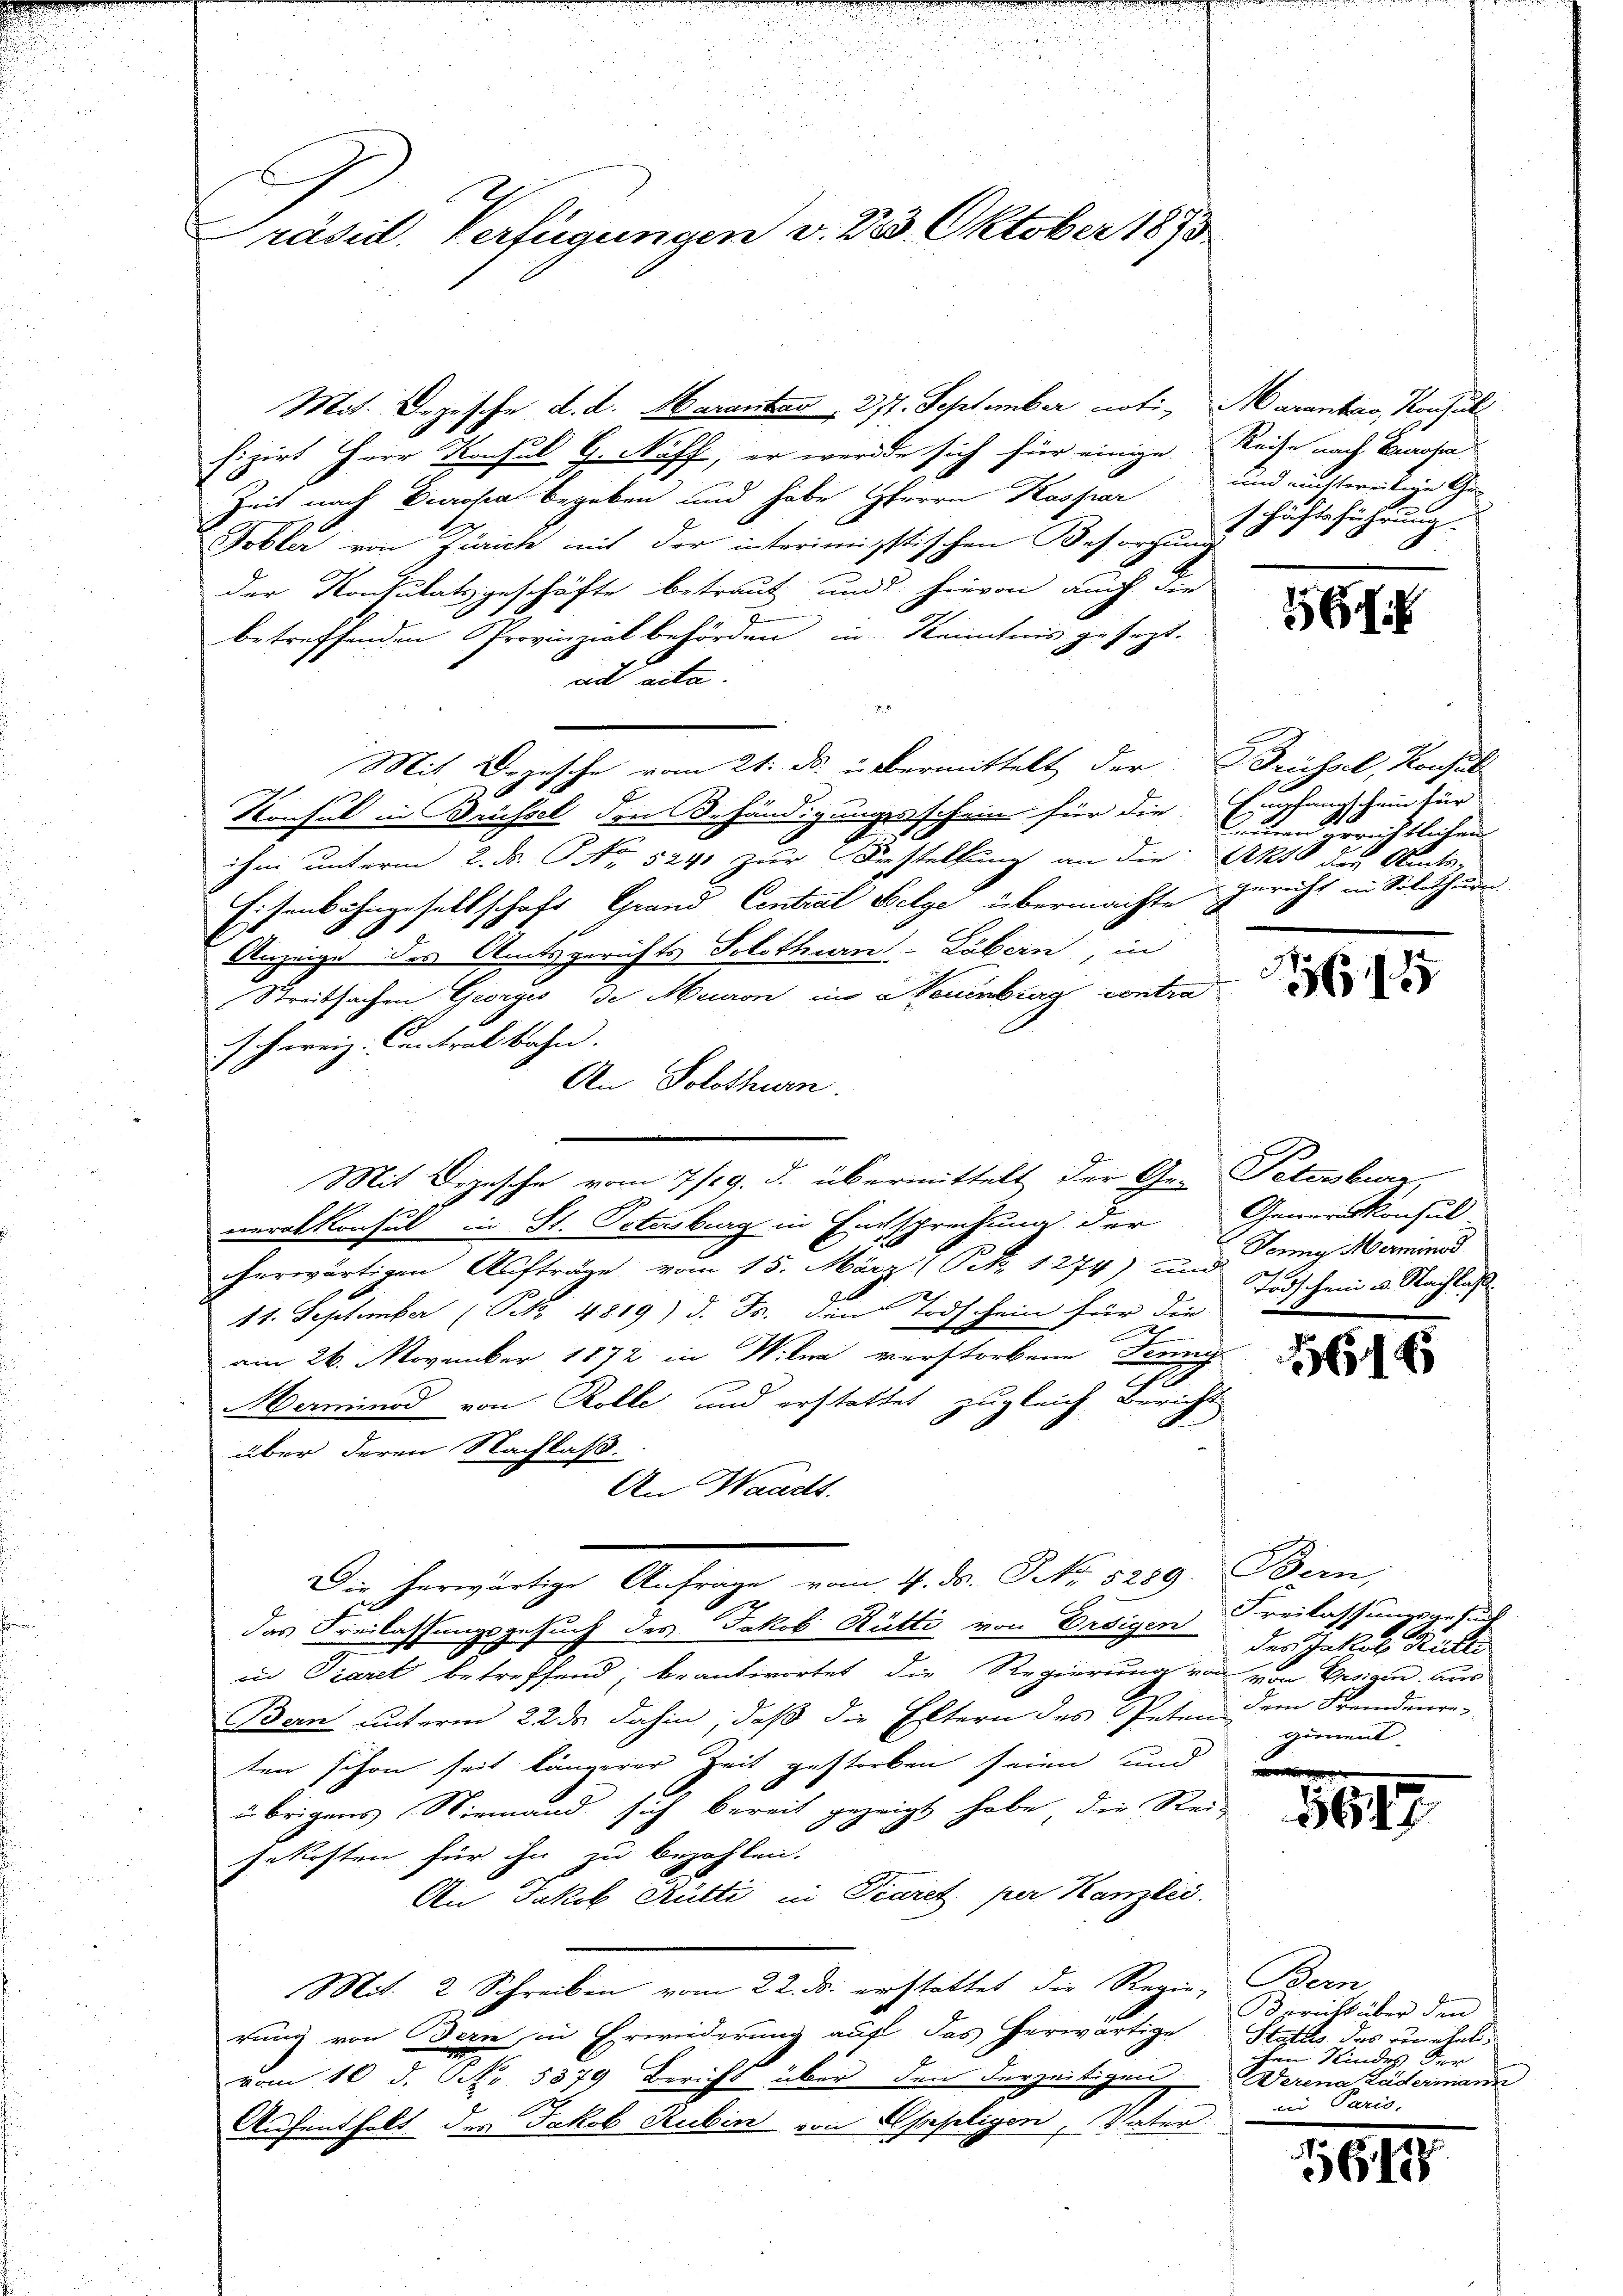
Präsid. Verfügungen v. 233. Oktober 1873

Mit. Depesche d. d. Harantag 217. September noti, Marenbar, Roschul
fizirt Herr Konsul G. Noff, er werde sich für einige Reise nach Europa
Zeit nach Drosa begeben und habe HHerrn Kaspar und nichtereitige Ge-
Tobler von Zürich mit der interimistischen Besorgung
der Konsulatsgeschäfte betraut und hievon auch die
betreffenden Provinzialbehörden in Kenntnis gesezt.
ad acta.
Mit Degesche vom 21. ds. übermittelt der Brüssel, Konsult
Konsul in Brüssel den Behändigungsschein für die
hei unterm 2. ds. No 5241 zur Verstellung an die Akt der Stadts-
Eisenbahngesellschaft Grand Central Belge übermachte Gericht in Solothur
Anzeige des Amtsgerichts Solothurn-Löbern, in
Streitsachen Georges de Meuron im Neuenburg contra
Ichereiz. Central Bahn.
An Solothurn.
veralkonsul in St. Osterburg in Entsprechung der
herwärtigen Aufträge vom 15. März (S. 1274) Jenny Marminod
11. September (S. 4819) d. Js. dem Todschein für die

am 26. November 1872 in Wiln verstorbene Tenny
.
Aerminod von Rolle, und erstattet zugleich Bericht
über deren Nachlaß.
An Waadt.
Die herwärtige Anfrage vom 4. ds. NNo. 5289. Bern,
das Freilassungsgesuch des Jakob Rütti von Ersigen Freilassungsgeset
iud Piaret betreffend; beantwortet die Regierung von von Ereigen aus
Bern unterm 22 de dahin, daß die Eltern des Peten dem Fremdenreten schon seit längerer Zeit gestorben seien und
übrigens Niemand sich bereit gezeigt habe, die Reisekosten für ihn zu bezahlen.
An Jakob Rütti in Piaret per Kanzlei.
Mit 2 Schreiben vom 22. ds. erstattet die Regie, Bern,
rung von Bern, in Erwiederung auf das herwärtige Stattes das unehelivom 10. d. N. 5379 Bericht über den derzeitigen, Werena Lädermann
Aufenthalt der Jakob Rubin von Oppligen, Vater

Mit Depesche vom 7/29. d. übermittelt der Ge- Petersburg,

schäftsführung

6

Langschein für
Biener gerichtlichen

1

Generalkonsul
Todschein u. Nachlas

16

der Jakob Rucker
giment.

5679

Bericht über den
chen Kindes der
wei Pario

565